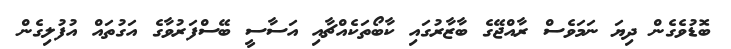
ބޮޑުވެގެން ދިޔަ ނަމަވެސް ރާއްޖޭގެ ބާޒާރުގައި ކާބޯތަކެއްޗާއި އަސާސީ ބޭސްފަރުވާގެ އަގުތައް އުފުލިގެން